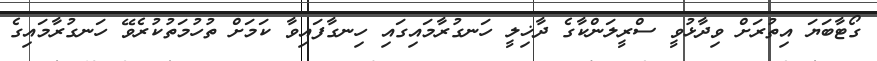
ގޯޓާބަޔަ އިތުރަށް ވިދާޅުވީ ސްރީލަންކާގެ ދާޚިލީ ހަނގުރާމައިގައި ހިނގާފައިވާ ކަމަށް ތުހުމަތުކުރެވޭ ހަނގުރާމައިގެ